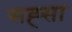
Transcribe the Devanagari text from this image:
सह्सा